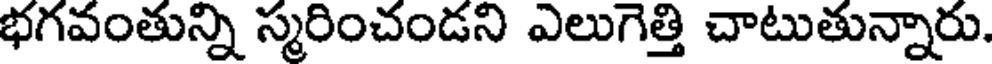
భగవంతున్ని స్మరించండని ఎలుగెత్తి చాటుతున్నారు.